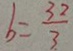
b = \frac { 3 2 } { 3 }